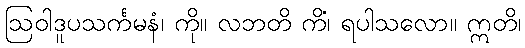
ဩဝါဒူပသင်္ကမနံ၊ ကို။ လဘတိ ကိံ၊ ရပါသလော။ ဣတိ၊